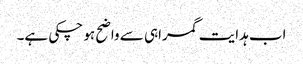
اب ہدایت گمراہی سے واضح ہو چکی ہے۔